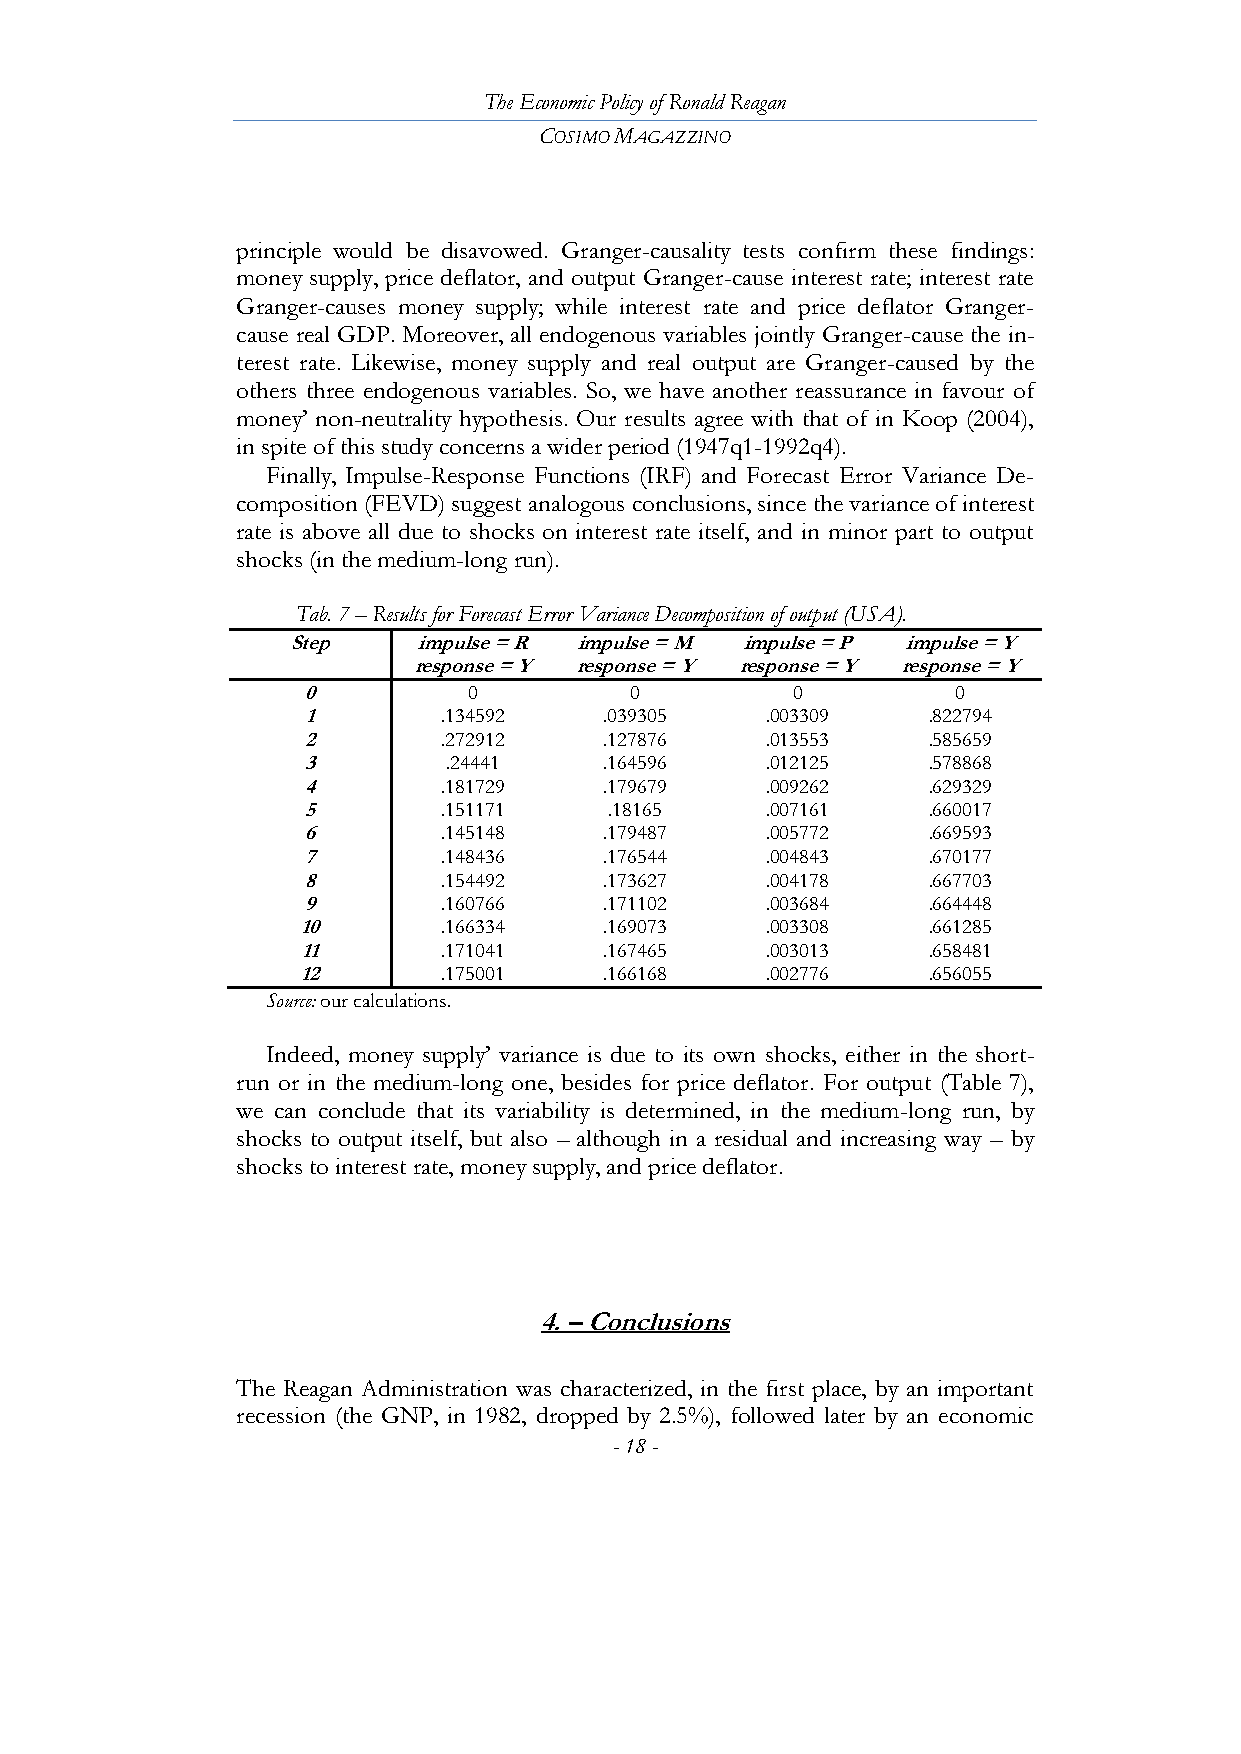
The Economic Policy of Ronald Reagan
 COSIMO MAGAZZINO
 principle would be disavowed. Granger-causality tests confirm these findings:
 money supply, price deflator, and output Granger-cause interest rate; interest rate
 Granger-causes money supply; while interest rate and price deflator Granger-
 cause real GDP. Moreover, all endogenous variables jointly Granger-cause the in-
 terest rate. Likewise, money supply and real output are Granger-caused by the
 others three endogenous variables. So, we have another reassurance in favour of
 money’ non-neutrality hypothesis. Our results agree with that of in Koop (2004),
 in spite of this study concerns a wider period (1947q1-1992q4).
 Finally, Impulse-Response Functions (IRF) and Forecast Error Variance De-
 composition (FEVD) suggest analogous conclusions, since the variance of interest
 rate is above all due to shocks on interest rate itself, and in minor part to output
 shocks (in the medium-long run).
 Tab. 7 – Results for Forecast Error Variance Decomposition of output (USA).
 Step     impulse = R impulse = M impulse = P impulse = Y
 response = Y response = Y response = Y response = Y
 0          0          0         0          0
 1        .134592    .039305    .003309   .822794
 2        .272912    .127876    .013553   .585659
 3         .24441    .164596    .012125   .578868
 4        .181729    .179679    .009262   .629329
 5        .151171    .18165     .007161   .660017
 6        .145148    .179487    .005772   .669593
 7        .148436    .176544    .004843   .670177
 8        .154492    .173627    .004178   .667703
 9        .160766    .171102    .003684   .664448
 10       .166334    .169073    .003308   .661285
 11       .171041    .167465    .003013   .658481
 12       .175001    .166168    .002776   .656055
 Source: our calculations.
 Indeed, money supply’ variance is due to its own shocks, either in the short-
 run or in the medium-long one, besides for price deflator. For output (Table 7),
 we can conclude that its variability is determined, in the medium-long run, by
 shocks to output itself, but also – although in a residual and increasing way – by
 shocks to interest rate, money supply, and price deflator.
 4. – Conclusions
 The Reagan Administration was characterized, in the first place, by an important
 recession (the GNP, in 1982, dropped by 2.5%), followed later by an economic
 - 18 -